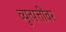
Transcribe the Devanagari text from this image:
व्युत्पत्तींवर